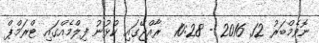
ނޮވެމްބަރު 12